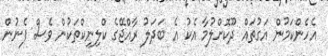
އެހެންކަމުން އަގުތައް ދޫކޮށްލުމާ އެކު އެ ބަދަލު ރާއްޖޭގެ ކްލިނިކްތަކުން ވެސް ފެނުން